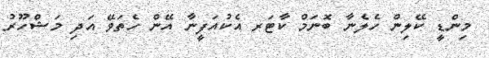
މިންޑީ ކޭލިން ހެލެނާ ބޮނަމް ކާޓަރ އެކުއަފީނާ އޭން ހެތަވޭ އަދި މަޝްހޫރު